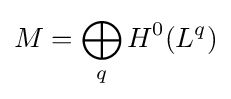
M=\bigoplus _{q}H^{0}(L^{q})